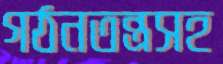
গঠনতন্ত্রসহ